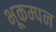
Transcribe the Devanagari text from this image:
भूकम्पन